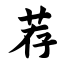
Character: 荐